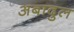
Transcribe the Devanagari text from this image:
अबादुल